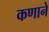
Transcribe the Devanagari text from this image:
कणाने